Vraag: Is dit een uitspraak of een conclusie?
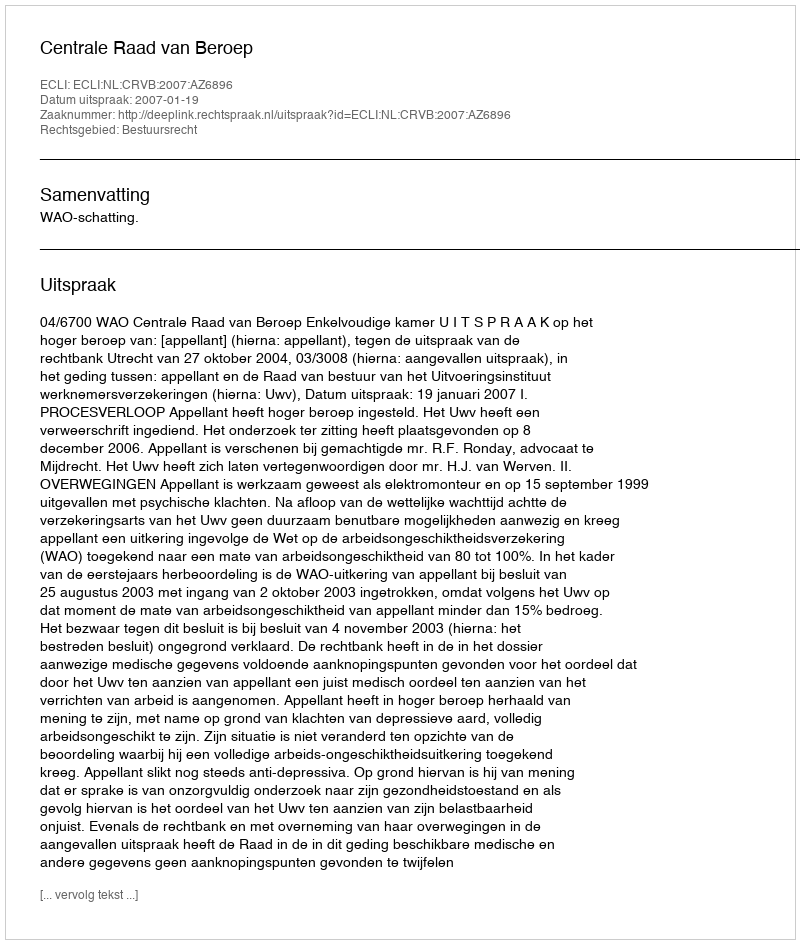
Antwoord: Uitspraak